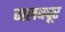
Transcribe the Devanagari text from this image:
जलबपूर